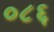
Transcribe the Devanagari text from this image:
०८६